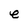
Character: e